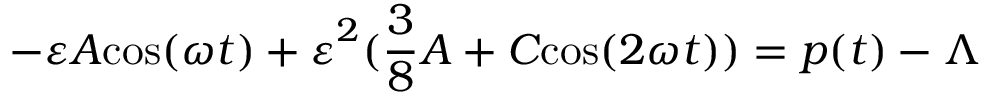
{ - \varepsilon { \cal A } \mathrm { c } \mathrm { o } \mathrm { s } ( \omega t ) + \varepsilon } ^ { 2 } ( { \frac { 3 } { 8 } } { \cal A } + { \cal C } \mathrm { c } \mathrm { o } \mathrm { s } ( 2 \omega t ) ) = p ( t ) - \Lambda